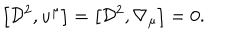
\left[ { \cal D } ^ { 2 } , u ^ { \mu } \right] = \left[ { \cal D } ^ { 2 } , \nabla _ { \mu } \right] = 0 .